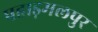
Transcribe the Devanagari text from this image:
पहाड़मलपुर